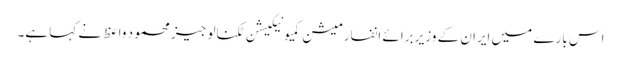
اس بارے میں ایران کے وزیر برائے انفارمیشن کمیونیکیشن ٹکنالوجیز محمود واعظ نے کہا ہے۔